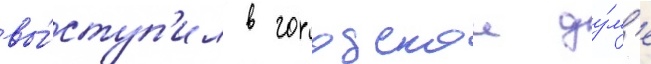
вы́ступ'ил в городскои ду́м'е